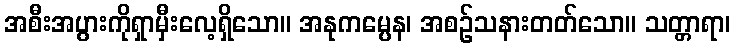
အစီးအပွားကိုရှာမှီးလေ့ရှိသော။ အနုကမ္ပေန၊ အစဉ်သနားတတ်သော။ သတ္တာရာ၊